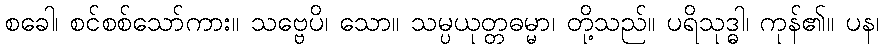
စခေါ၊ စင်စစ်သော်ကား။ သဗ္ဗေပိ၊ သော။ သမ္ပယုတ္တဓမ္မာ၊ တို့သည်။ ပရိသုဒ္ဓါ၊ ကုန်၏။ ပန၊